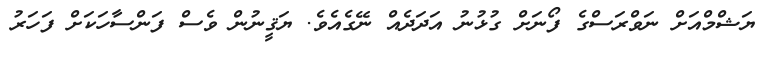
ޔަޝްމްއަށް ނަވްރަސްގެ ފޯނަށް ގުޅުނު އަދަދެއް ނޭގެއެވެ. ޔަޤީނުން ވެސް ފަންސާހަކަށް ފަހަރު